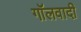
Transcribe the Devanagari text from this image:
गॉलवादी